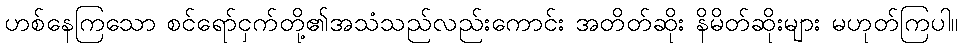
ဟစ်နေကြသော စင်ရော်ငှက်တို့၏အသံသည်လည်းကောင်း အတိတ်ဆိုး နိမိတ်ဆိုးများ မဟုတ်ကြပါ။